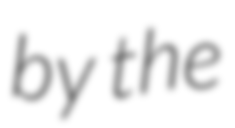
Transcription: by the